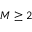
M \geq 2